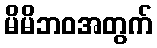
မိမိဘဝအတွက်